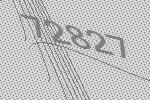
72827